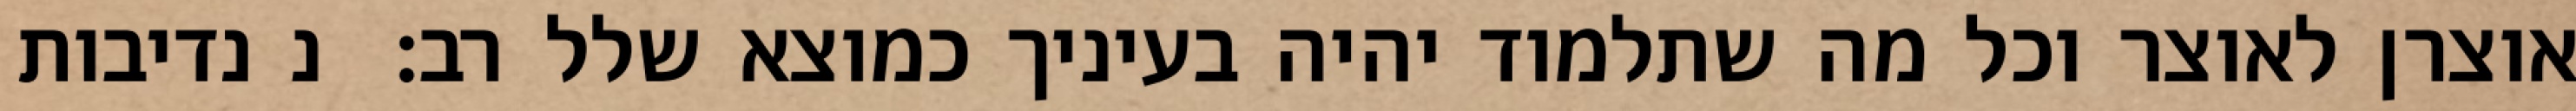
אוצרן לאוצר וכל מה שתלמוד יהיה בעיניך כמוצא שלל רב:  נ נדיבות